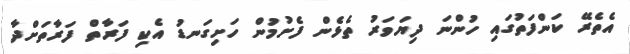
އެތެރޭ ކަންފަތުގައި ހުންނަ ދިޔަވަރު ތެޅެން ފެށުމުން ހަށިގަނޑު އެކި ފަރާތް ފަރާތަށްދާ